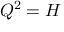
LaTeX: Q ^ { 2 } = H